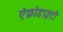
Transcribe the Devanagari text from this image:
ऐफ्रोडाइटी